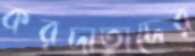
করদাতাদের